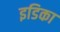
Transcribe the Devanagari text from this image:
इडिका